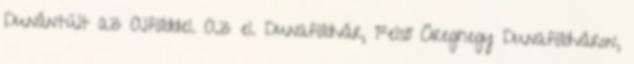
Dunántúlt az Alfölddel. Az el. Dunaföldvár, Felső Öreghegy Dunaföldváron,